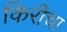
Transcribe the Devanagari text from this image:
किरीचा